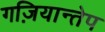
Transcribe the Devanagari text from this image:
गज़ियान्तेप